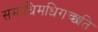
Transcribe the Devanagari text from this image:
समाधिमधिगच्छति